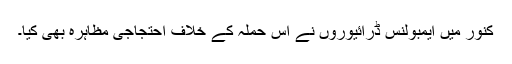
کنور میں ایمبولنس ڈرائیوروں نے اس حملہ کے خلاف احتجاجی مظاہرہ بھی کیا۔